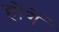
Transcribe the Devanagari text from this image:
होगेंं